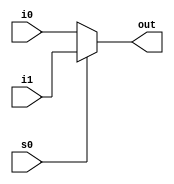
module mult2_to_1_4(out, i0,i1,s0);
output [3:0] out;
input [3:0]i0,i1;
input s0;
assign out = s0 ? i1:i0;
endmodule